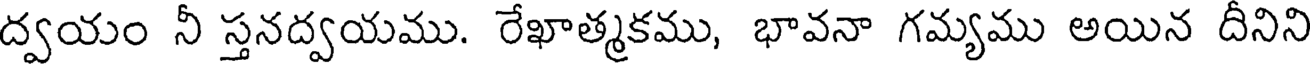
ద్వయం నీ స్తనద్వయము. రేఖాత్మకము, భావనా గమ్యము అయిన దీనిని